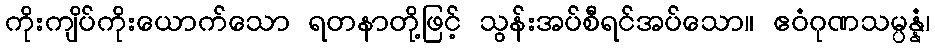
ကိုးကျိပ်ကိုးယောက်သော ရတနာတို့ဖြင့် သွန်းအပ်စီရင်အပ်သော။ ဧဝံဂုဏသမ္ပန္နံ၊